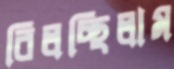
বিলচ্ছিলাম